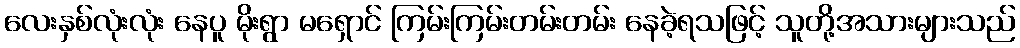
လေးနှစ်လုံးလုံး နေပူ မိုးရွာ မရှောင် ကြမ်းကြမ်းတမ်းတမ်း နေခဲ့ရသဖြင့် သူတို့အသားများသည်